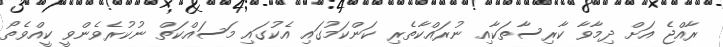
ރާއްޖެ އަށް ދިމާވާ ކާރިސާތަކާއި ނުރައްކާތެރި ކަންކަމުގައި އެކުގައި މަސައްކަތް ނުކުރެވެންވީ ކީއްވެތޯ